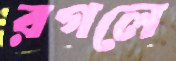
রগলে